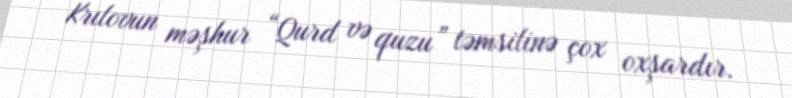
Krılovun məşhur “Qurd və quzu” təmsilinə çox oxşardır.